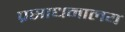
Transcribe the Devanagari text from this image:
प्रसाधनालय